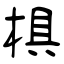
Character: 椇